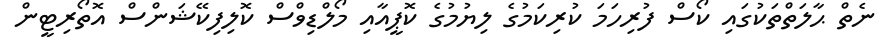
ނެތް ޙާލަތްތަކުގައި ކޯސް ފުރިހަމަ ކުރިކަމުގެ ލިޔުމުގެ ކޮޕީއާއި މޯލްޑިވްސް ކޮލިފިކޭޝަންސް އޮތޯރިޓީން